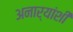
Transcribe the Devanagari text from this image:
अनार्यांशी